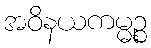
အဝိနယကမ္မဉ္စ